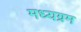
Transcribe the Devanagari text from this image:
मध्यग्रम